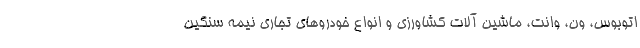
اتوبوس، ون، وانت، ماشین آلات کشاورزی و انواع خودروهای تجاری نیمه سنگین